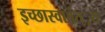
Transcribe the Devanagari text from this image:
इच्छास्वातंत््रय